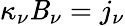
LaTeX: \kappa_{\nu}\mathit{B}_{\nu}=j_{\nu}